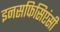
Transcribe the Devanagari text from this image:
इनसफिसिएंसी